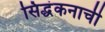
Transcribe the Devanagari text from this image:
सिद्धंकनाची